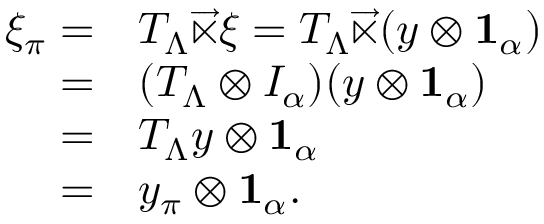
\begin{array} { r l } { \xi _ { \pi } = } & { T _ { \Lambda } \overrightarrow { \ltimes } \xi = T _ { \Lambda } \overrightarrow { \ltimes } ( y \otimes \mathbf { 1 } _ { \alpha } ) } \\ { = } & { ( T _ { \Lambda } \otimes I _ { \alpha } ) ( y \otimes \mathbf { 1 } _ { \alpha } ) } \\ { = } & { T _ { \Lambda } y \otimes \mathbf { 1 } _ { \alpha } } \\ { = } & { y _ { \pi } \otimes \mathbf { 1 } _ { \alpha } . } \end{array}